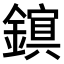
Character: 𫓃